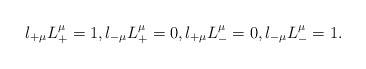
\begin{align*} l_{+\mu}L_+^\mu=1,l_{-\mu}L_+^\mu=0,l_{+\mu}L_-^\mu=0,l_{-\mu}L_-^\mu=1.\end{align*}